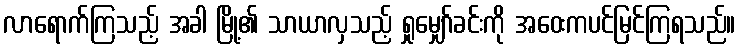
လာရောက်ကြသည့် အခါ မြို့၏ သာယာလှသည့် ရှုမျှော်ခင်းကို အဝေးကပင်မြင်ကြရသည်။